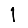
Digit: 1